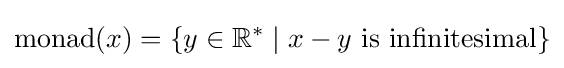
{\text{monad}}(x)=\{y\in \mathbb {R} ^{*}\mid x-y{\text{ is infinitesimal}}\}